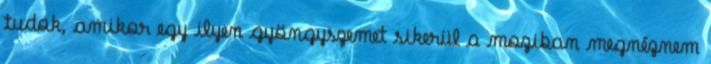
tudok, amikor egy ilyen gyöngyszemet sikerül a moziban megnéznem